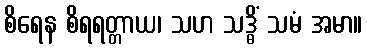
စိရေန စိရရတ္တာယ၊ သဟ သဒ္ဓိံ သမံ အမာ။